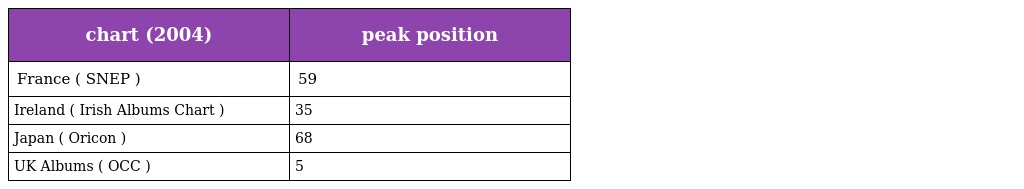
| chart (2004) | peak position |
 | --- | --- |
 | France ( SNEP ) | 59 |
 | Ireland ( Irish Albums Chart ) | 35 |
 | Japan ( Oricon ) | 68 |
 | UK Albums ( OCC ) | 5 |